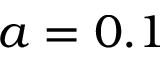
a = 0 . 1